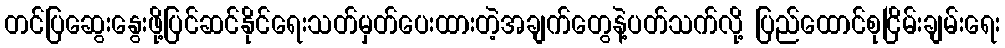
တင်ပြဆွေးနွေးဖို့ပြင်ဆင်နိုင်ရေးသတ်မှတ်ပေးထားတဲ့အချက်တွေနဲ့ပတ်သက်လို့ ပြည်ထောင်စုငြိမ်းချမ်းရေး